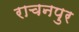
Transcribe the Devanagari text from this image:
राचनपुर